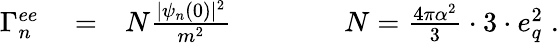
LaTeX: \begin{array}{rlr}{\Gamma_{n}^{ee}}&{{}=}&{N\frac{|\psi_{n}(0)|^{2}}{m^{2}}\qquad\qquad N=\frac{4\pi\alpha^{2}}{3}\cdot 3\cdot e_{q}^{2}\; .}\end{array}